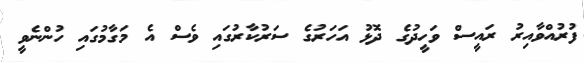
ފުރުއްވާއިރު ރައީސް ވަހީދުގެ ދޮޅު އަހަރުގެ ސަރުކާރުގައި ވެސް އެ މަގާމުގައި ހުންނެވީ